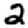
Digit: 2